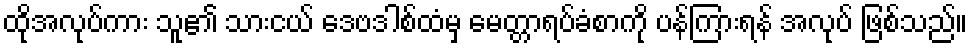
ထိုအလုပ်ကား သူ၏ သားငယ် ဒေဗဒါစ်ထံမှ မေတ္တာရပ်ခံစာကို ပန်ကြားရန် အလုပ် ဖြစ်သည်။